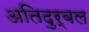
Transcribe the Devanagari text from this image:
अतिदुर्बल